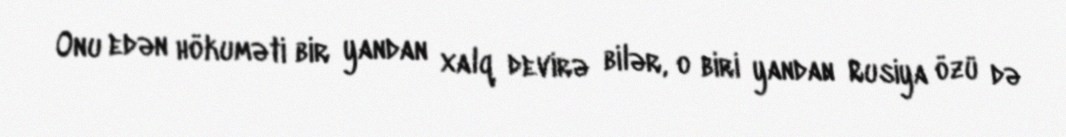
Onu edən hökuməti bir yandan xalq devirə bilər, o biri yandan Rusiya özü də